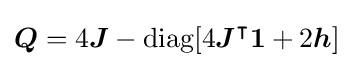
{\boldsymbol {Q}}=4{\boldsymbol {J}}-\operatorname {diag} [4{\boldsymbol {J}}^{\intercal }{\boldsymbol {1}}+2{\boldsymbol {h}}]